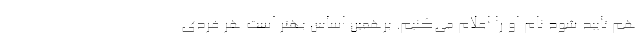
هم تایید شود نام او را اعلام می‌کنیم. برهمین اساس بهتر است هر فردی